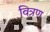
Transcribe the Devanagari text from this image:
वित्रण